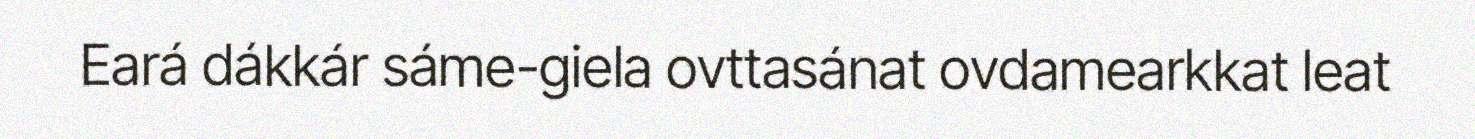
Eará dákkár sáme-giela ovttasánat ovdamearkkat leat